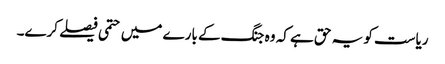
ریاست کو یہ حق ہے کہ وہ جنگ کے بارے میں حتمی فیصلے کرے۔